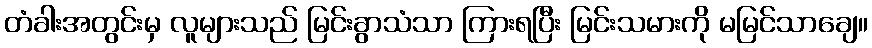
တံခါးအတွင်းမှ လူများသည် မြင်းခွာသံသာ ကြားရပြီး မြင်းသမားကို မမြင်သာချေ။